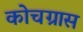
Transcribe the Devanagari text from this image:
कोचग्रास